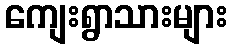
ကျေးရွာသားများ